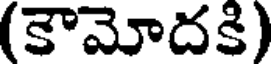
(కౌమోదకి)